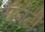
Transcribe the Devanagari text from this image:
रॉज़ेटी